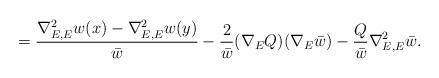
LaTeX: \begin{align*} = \frac{\nabla^2_{E,E} w(x) - \nabla^2_{E,E} w(y)}{\bar{w}} -\frac{2}{\bar{w}} (\nabla_E Q) (\nabla_E\bar{w}) -\frac{Q}{\bar{w}} \nabla^2_{E,E}\bar{w}. \end{align*}